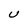
Character: U